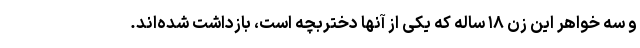
و سه خواهر این زن ۱۸ ساله که یکی از آنها دختربچه است، بازداشت شده‌اند.